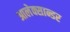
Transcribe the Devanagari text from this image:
आलेक्सान्डर